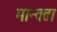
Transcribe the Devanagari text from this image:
मान्वता